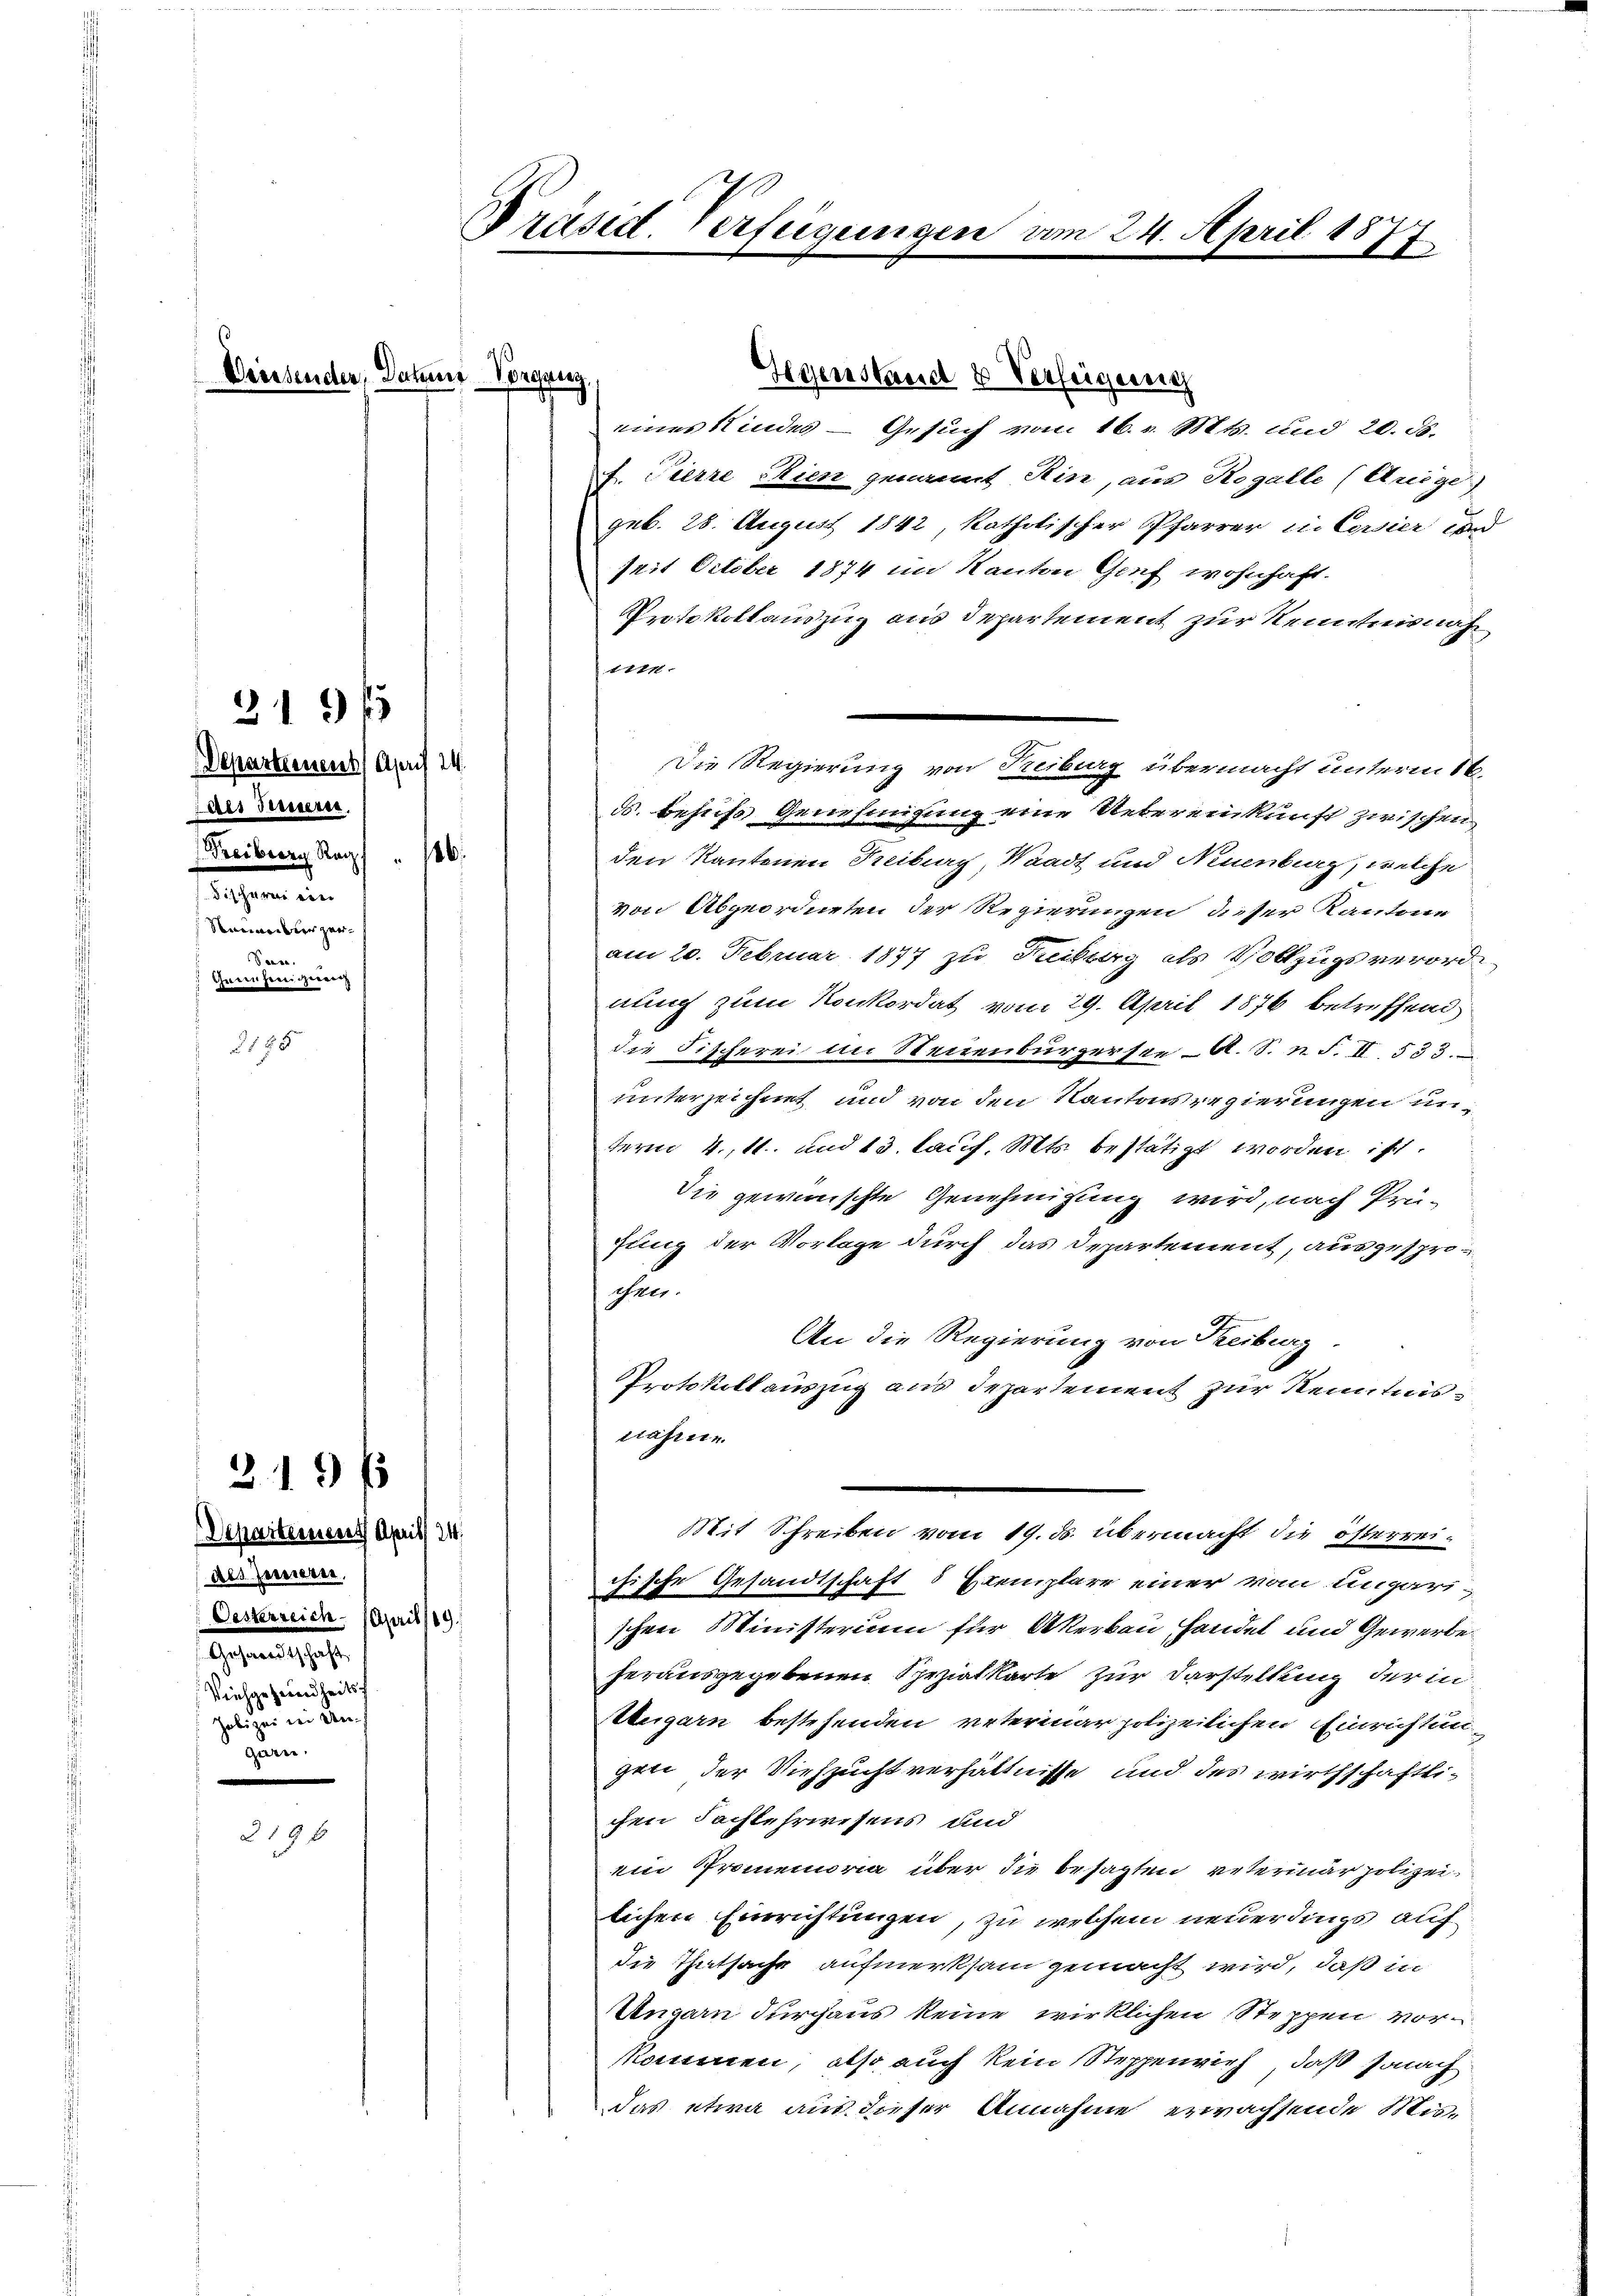
Departement April 14.
des Ferieren.
Freiberg. Rag"
Rachen in
Neuenburger¬
Seine
Geden hergerrech

319/

588

219 f

§ 19 f

Driesenden, Dachen Vorgang
Gegenstand & Verfeigung
eines Kindes - Gesuch vom 16. d. Mts. und 20. ds.

Departement April 24.
des Innern,
Oesterreich. April 189
Gegen 19.
Veichgesundheits
Polizei bei Angarn.

Präsent. Verfügungen am 24. April 1877.

f. Pierre Stien genannt Hin, aus Rogalle (Anige)
geb. 28. August 1842, katholischer Pfarrer in Corsier und
seit October 1874 im Kanton Genf wohnhaft.
Protokollauszug aus Departement zur Kenntnisnah¬
1114.
d. Behufs Genehmigung eine Uebereinkunft zwischen
den Kantonen Freiburg, Waadt und Neuenburg, welche
von Abgeordneten der Regierungen dieser Kantone
am 20. Februar 1877 zu Freiburg als Vollzugsverordnung zum Konkordat vom 29. April 1876 betreffend
die Fischerei im Steuenburgersee A. S. n. F. II 533.
unterzeichnet und von den Kantonsregierungen unterm 4. 11. und 13. lauf. Mts. bestätigt worden ist.
Die gewünschte Genehmigung wird, nach Prüfung der Vorlage durch das Departement, ausgesprochen.
An die Regierung von Reiburg.
Protokollauszug aus Departement zur Kenntnisnahme
Mit Schreiben vom 19. ds. übermacht die österreichische Gesandtschaft 5 Exemplare einer vom ungarischen Ministerium für Akerbau handel und Gewerbeherausgegebenen Spezialkarte zur Darstellung der in
Weigarn bestehenden veterinar polizeilichen Einrichtungen der Viehzucht verhältnisse und des wirthschaftlichen Fachlehrwesens und
ein Promemoria über die besagten veterinär polizeilichen Einrichtungen, zu welchem neuerdings auf
die Thatsache aufmerksam gemacht wird, daß in
Ungarn durchaus keine wirklichen Steppen vorkommen, also auch kein Steppenvieh, daß sonach
das etwa aus dieser Annahme erwachsende Mis¬

Die Regierung von Treiburg übermacht unterm 16.